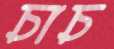
চাচ